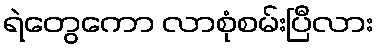
ရဲတွေကော လာစုံစမ်းပြီလား